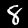
Label: 8